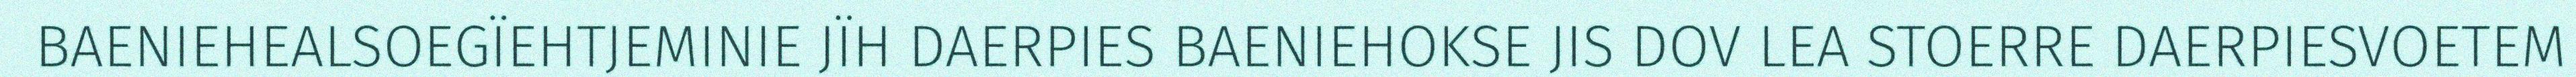
BAENIEHEALSOEGÏEHTJEMINIE JÏH DAERPIES BAENIEHOKSE JIS DOV LEA STOERRE DAERPIESVOETEM